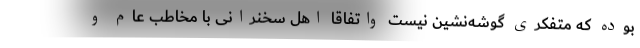
بوده که متفکری گوشه‌نشین نیست واتفاقا اهل سخنرانی با مخاطب عام و